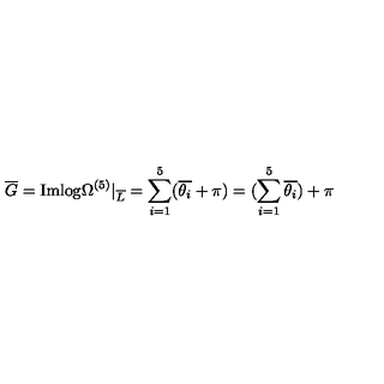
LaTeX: \overline { { G } } = \mathrm { I m l o g } \Omega ^ { ( 5 ) } | _ { \overline { { L } } } = \sum _ { i = 1 } ^ { 5 } ( \overline { { \theta _ { i } } } + \pi ) = ( \sum _ { i = 1 } ^ { 5 } \overline { { \theta _ { i } } } ) + \pi